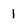
Character: 1